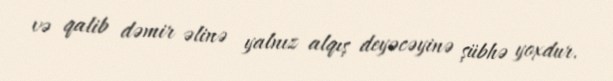
və qalib dəmir əlinə yalnız alqış deyəcəyinə şübhə yoxdur.